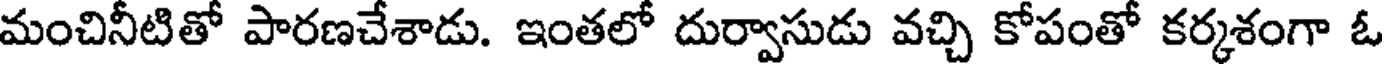
మంచినీటితో పారణచేశాడు. ఇంతలో దుర్వాసుడు వచ్చి కోపంతో కర్కశంగా ఓ